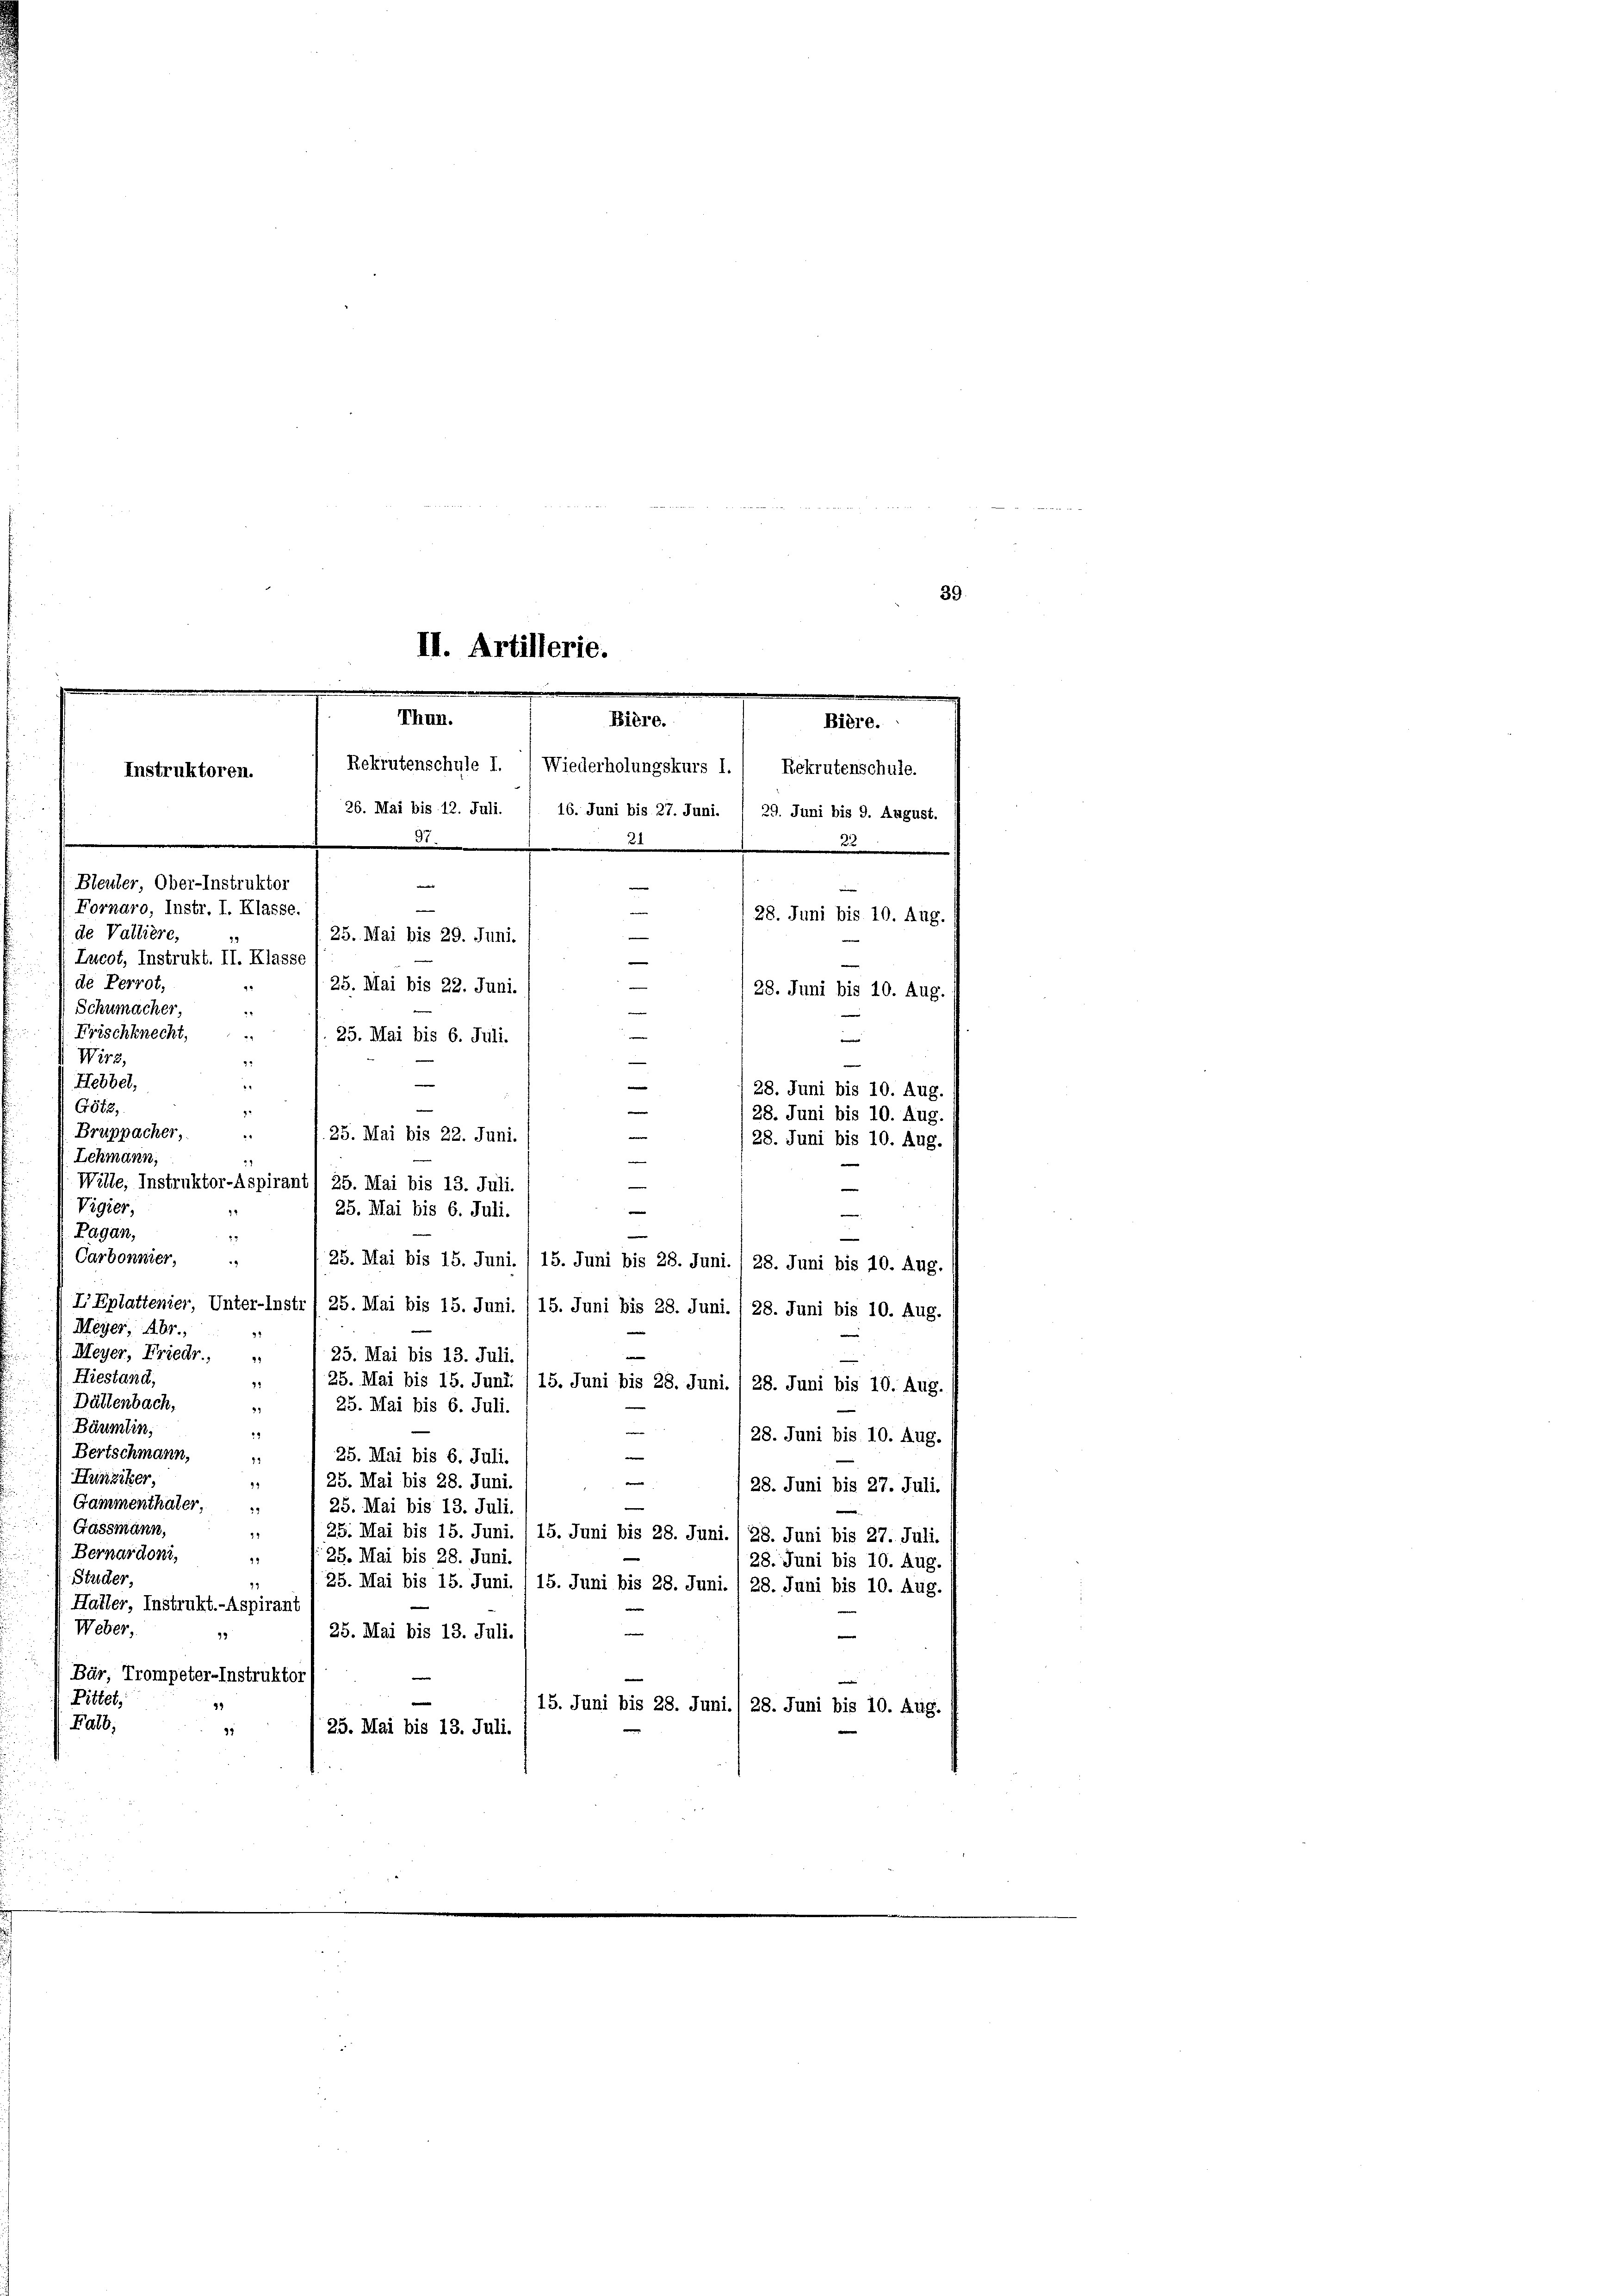
39.

.
II. Artillerie.
e
.
Thun.
Bière.
Rekrutenschule 1.) Wiederholungskurs I. 1 Rekrutenschule.
Instruktoren.
26. Mai bis 12. Juli. / 16. Juni bis 27. Juni. / 29. Juni bis 9. August.

21
(Bleuler, Ober-Instruktor
Fornaro, Instr. I. Klasse.
e

de Valliere,
Lucot, Instrukt. II. Klasse,
(de Perrot,
Schumacher,
Frischknecht,
2
Wirz,
Hebbel,
G612.
Bruppacher,
—
25. Mai bis 22. Juni.
28. Juni bis 10. Aug.
Lehmann,
.
Wille, Instruktor-Aspirant) 25. Mai bis 13. Juli.
Vigier,
25. Mai bis 6. Juli.
Pagan,
23
—
Carbonnier,
25. Mai bis 15. Juni. / 15. Juni bis 28. Juni. 28. Juni bis 10. Aug.
L’Eplattenier, Unter-Instr / 25. Mai bis 15. Juni. / 15. Juni bis 28. Juni. / 28. Juni bis 10. Aug.
Meyer, Abr.,
2
Meyer, Friedr.,
25. Mai bis 13. Juli.
Hiestand,
41
25. Mai bis 15. Juni. /15. Juni bis 28. Juni. / 28. Juni bis 10. Aug.
Dältenbach,
25. Mai bis 6. Juli.
9
Bäumlin,
e
22.
 28. Juni bis 10. Aug.
Bertschmann,
e
25. Mai bis 6. Juli.
7.
Hunziker,
25. Mai bis 28. Juni
4
28. Juni bis 27. Juli.
Gammenthäter,
25. Mai bis 13. Juli.
Gassmann,
19
25. Mai bis 15. Juni. 1 15. Juni bis 28. Juni. / 28. Juni bis 27. Juli.
Bernardoni,
25. Mai bis 28. Juni.
29
28. Juni bis 10. Aug.
Studer,
35. Mai bis 15. Juni. / 15. Juni bis 28. Juni. 1 28. Juni bis 10. Aug.
Haller, Instrukt.-Aspirant
Weber,
—
25. Mai bis 13. Juli.
32
Bär, Trompeter-Instruktor
e
Pittet,
15. Juni bis 28. Juni./ 28. Juni bis 10. Aug.
Falb,
25. Mai bis 13. Juli.
5

Bière.

28. Juni bis 10. Aug.
e
25. Mai bis 29. Juni.
25. Mai bis 22. Juni.
(28. Juni bis 10. Aug.
i
—
25. Mai bis 6. Juli.
e
—
e

128. Juni bis 10. Aug.
e
d
28. Juni bis 10. Aug.